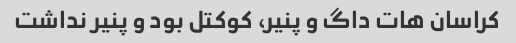
کراسان هات داگ و پنیر، کوکتل بود و پنیر نداشت